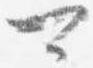
可